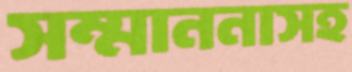
সম্মাননাসহ